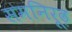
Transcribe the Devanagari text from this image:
समनिरूढ़